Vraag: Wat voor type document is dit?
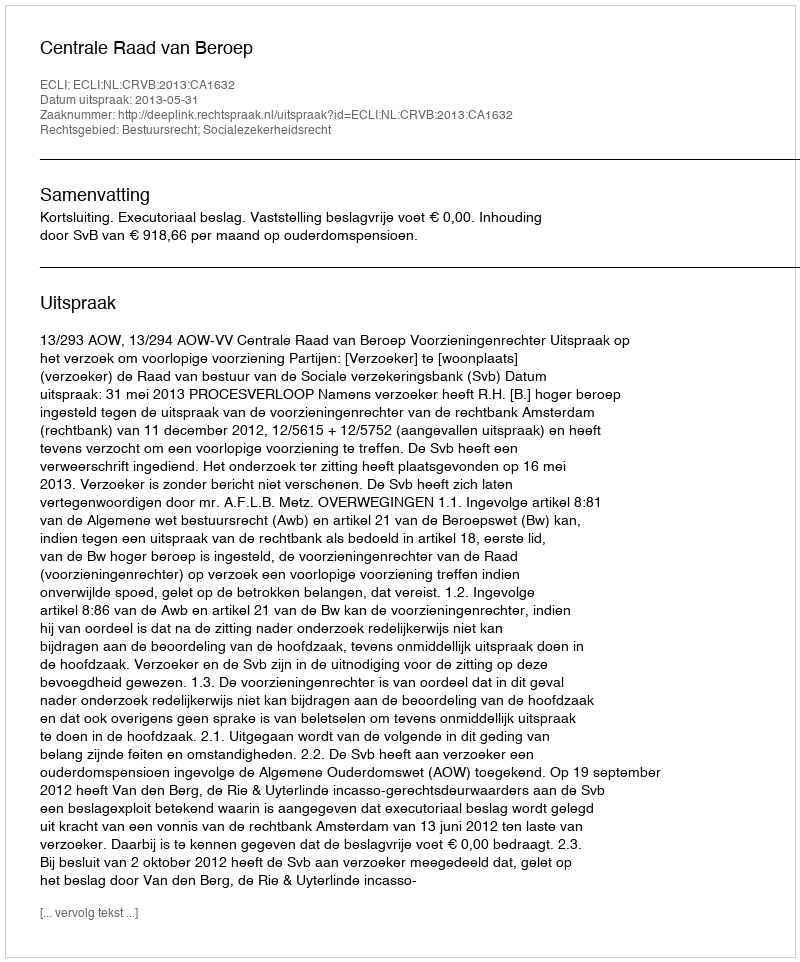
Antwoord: Uitspraak